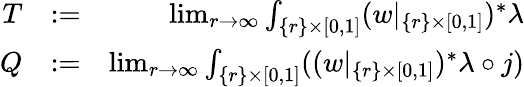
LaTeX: \begin{array}{rlr}{T}&{:=}&{\operatorname*{lim}_{r\to\infty}\int_{\{ r\} \times[0,1]}(w|_{\{ r\} \times[0,1]})^{*}\lambda}\\ {Q}&{:=}&{\operatorname*{lim}_{r\to\infty}\int_{\{ r\} \times[0,1]}((w|_{\{ r\} \times[0,1]})^{*}\lambda\circ j)}\end{array}